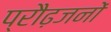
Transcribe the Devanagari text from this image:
प्रौढ़जनों